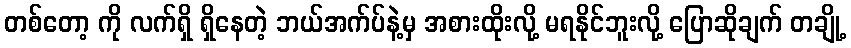
တစ်တော့ ကို လက်ရှိ ရှိနေတဲ့ ဘယ်အက်ပ်နဲ့မှ အစားထိုးလို့ မရနိုင်ဘူးလို့ ပြောဆိုချက် တချို့